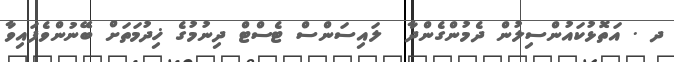
ދ . އަތޮޅުކައުންސިލުން ދެމުންގެންދާ  ލައިސަންސް ޓެސްޓް ދިނުމުގެ ޚިދުމަތަށް ބޭނުންވެފައިވާ